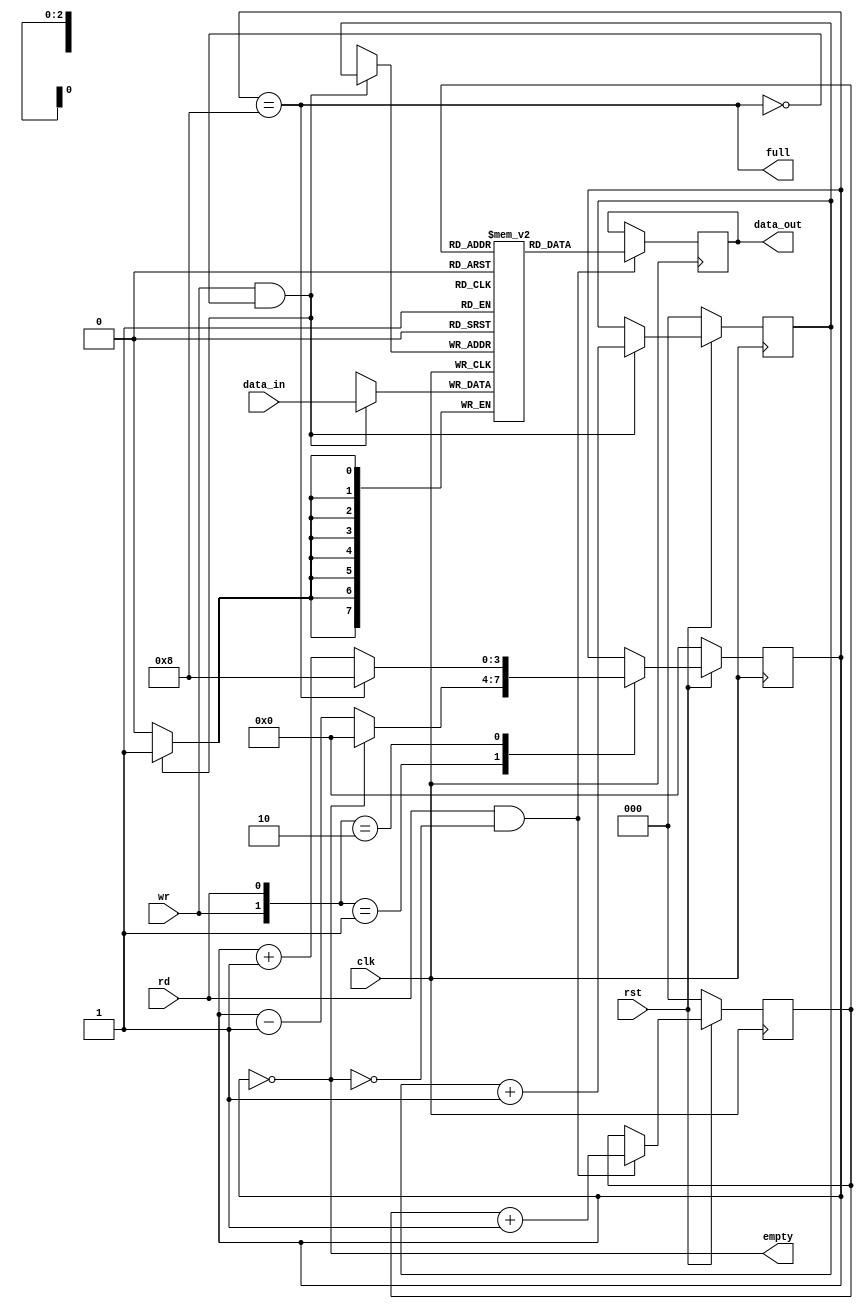
/////////////////////////////////////////////////////
//                                                 //
//       MOHAMED GAD HAMZA METWALLY    1901131     //
//       ANDREW FAROUK MARKUS          1901134     //
//                                                 //
//                                                 //
/////////////////////////////////////////////////////


module fifo(
    input [7:0] data_in, 
    input clk, rst, rd, wr,
    output empty, full, 
    output reg [7:0] data_out
    );

    reg [3:0] fifo_count;
    reg [7:0] fifo_ram[0:7];
    reg [2:0] rd_ptr, wr_ptr;
    assign empty = (fifo_count == 0);
    assign full = (fifo_count == 8);

  always @( posedge clk) begin: write 
        if(wr && !full)
            fifo_ram[wr_ptr] <= data_in;
    end

    always @(posedge clk ) begin: read
      if(rd && !empty)
            data_out <= fifo_ram[rd_ptr]; 
    end

    always @(posedge clk) begin: pointer //added negedge rst 
        if(~rst) begin 
            wr_ptr <= 0;
            rd_ptr <= 0;
        end else begin 
            wr_ptr <= ((wr && !full)) ? wr_ptr+1 : wr_ptr;
            rd_ptr <= ((rd && !empty)) ? rd_ptr+1 : rd_ptr;
        end
    end

    always @(posedge clk) begin: count //added negedge rst
      if(~rst) fifo_count = 0;
        else begin
            case({wr,rd})
                2'b00 : fifo_count <= fifo_count;
                2'b01 : fifo_count <= (fifo_count == 0) ? 0 : fifo_count-1;
                2'b10 : fifo_count <= (fifo_count == 8) ? 8 : fifo_count+1;
                default : fifo_count <= fifo_count;
            endcase
        end
    end
endmodule